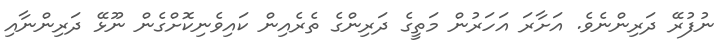
ނުފުރޭ ދަރިންނެވެ. އަށާރަ އަހަރުން މަތީގެ ދަރިންގެ ތެރެއިން ކައިވެނިކޮށްގެން ނޫޅޭ ދަރިންނާއި